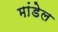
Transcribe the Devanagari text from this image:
मांडेल